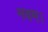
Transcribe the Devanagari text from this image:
नवम।